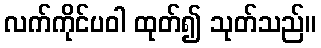
လက်ကိုင်ပဝါ ထုတ်၍ သုတ်သည်။